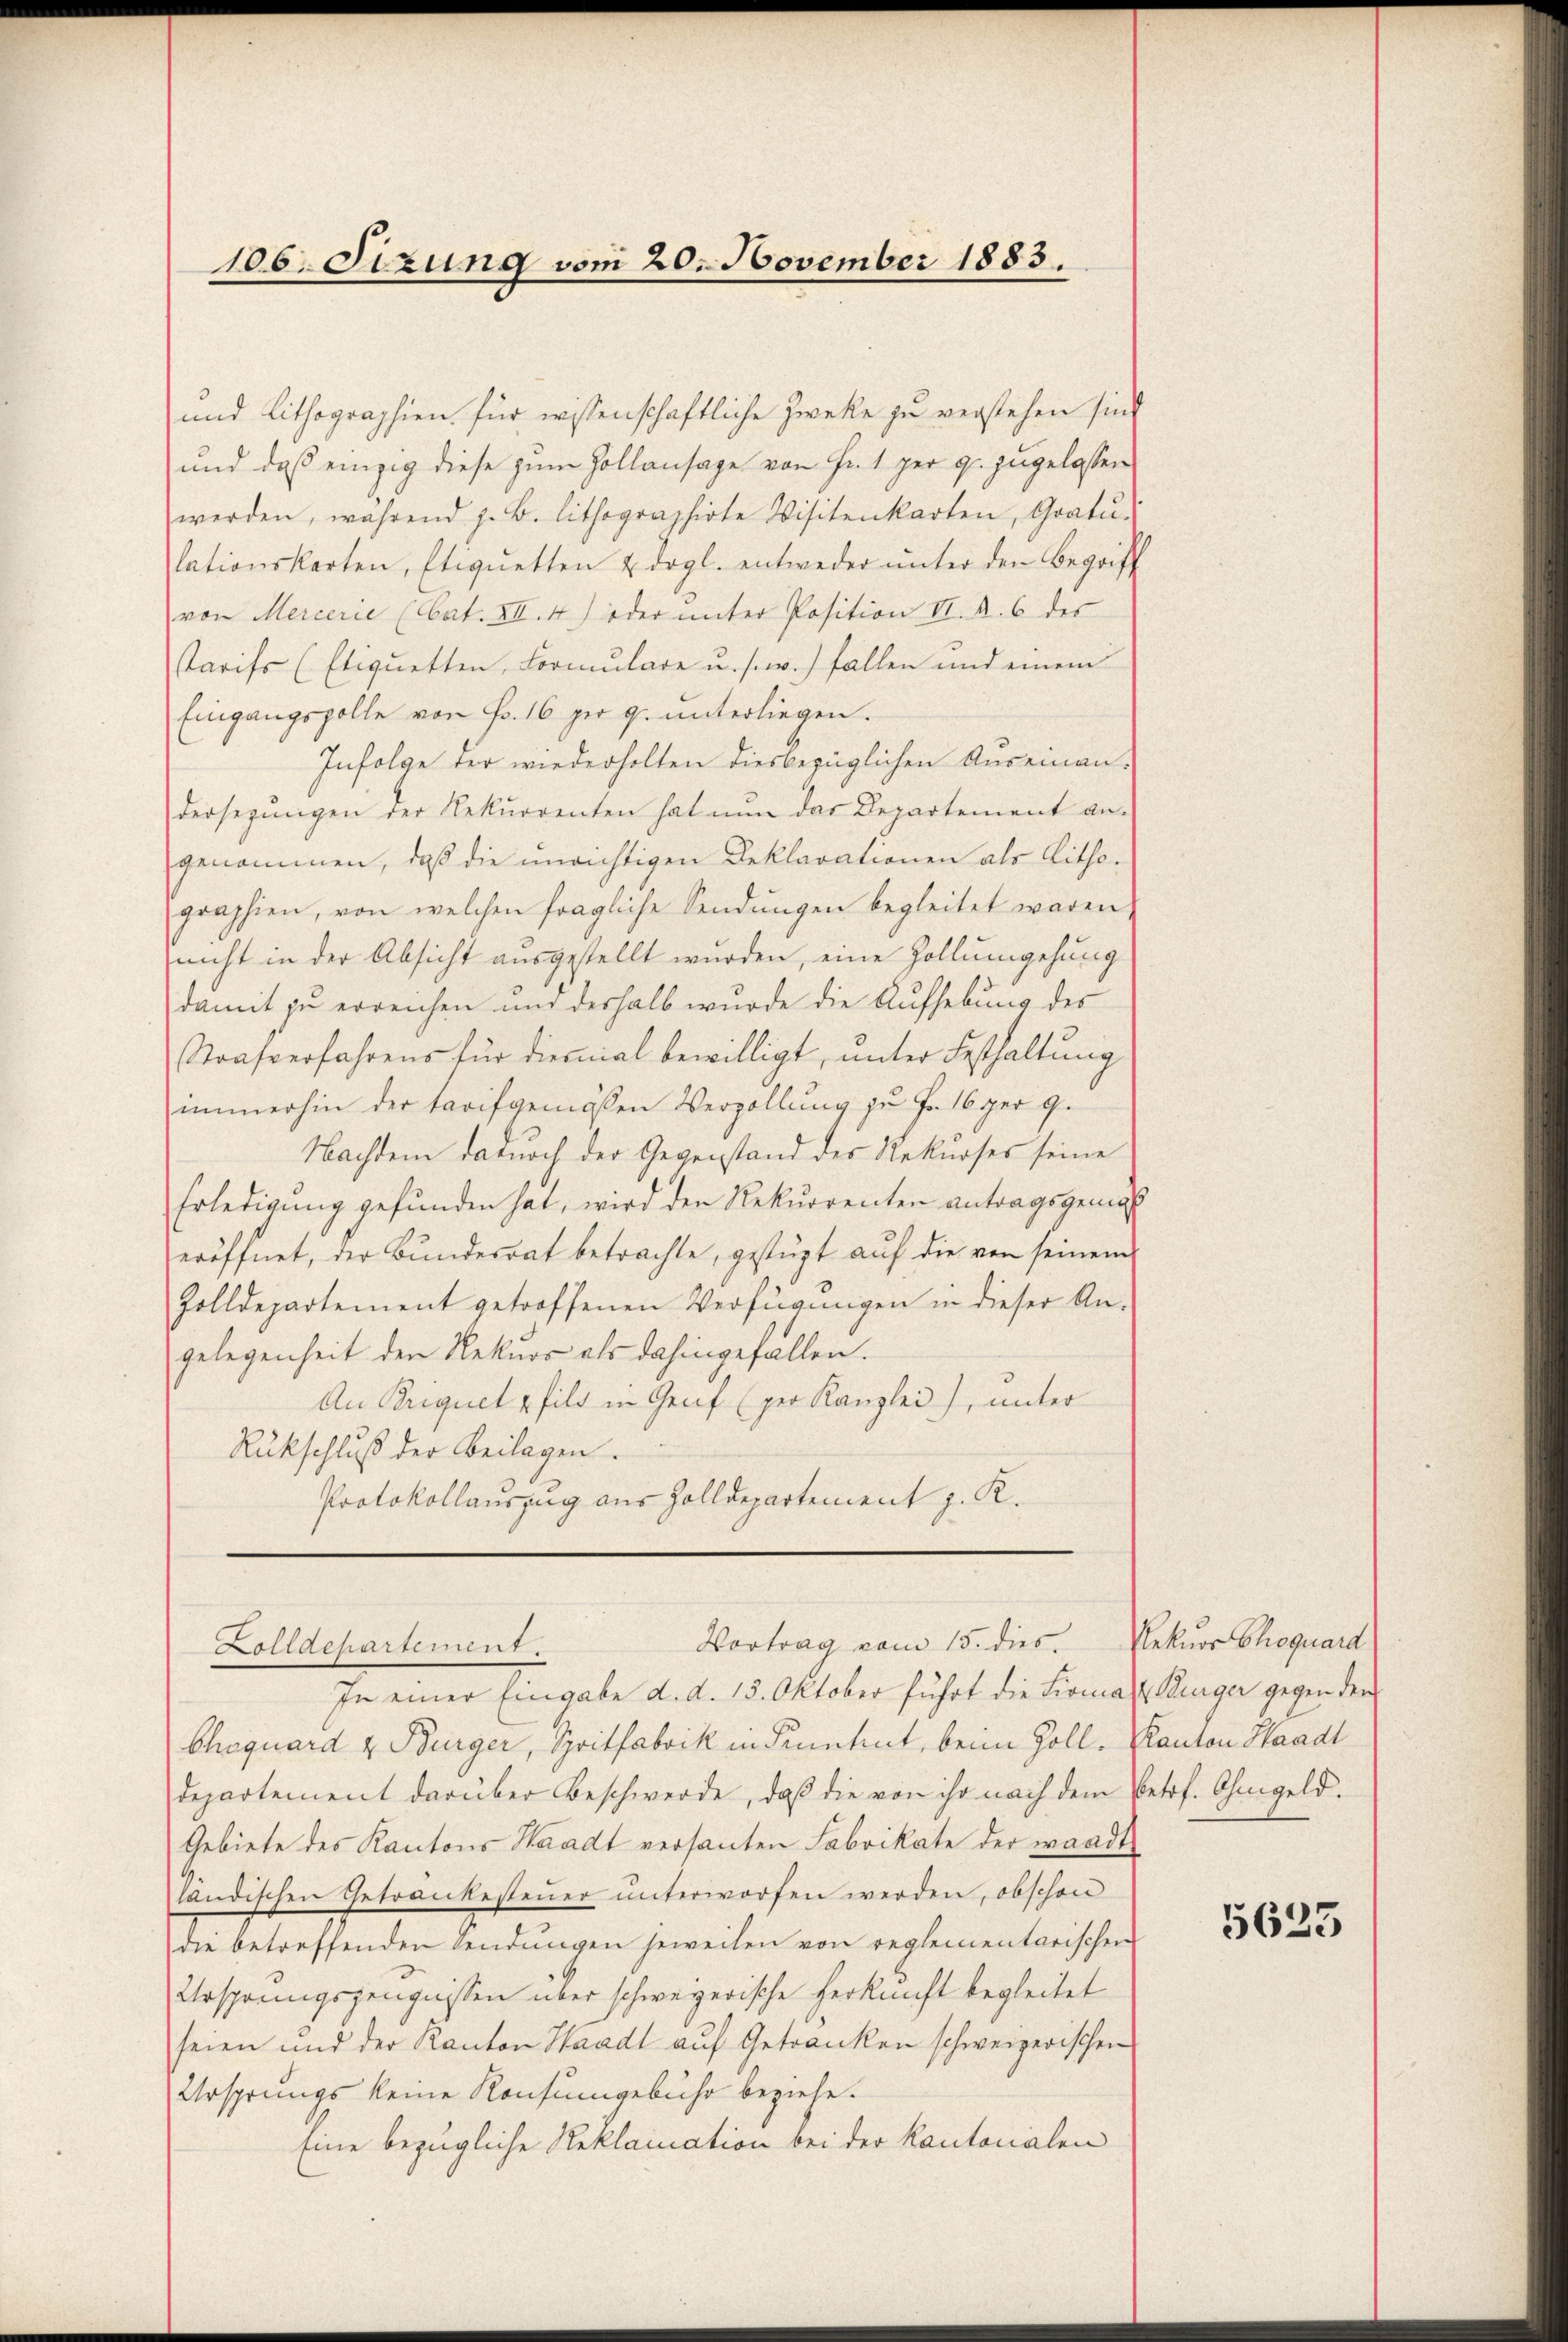
106. Sizung vom 20. November 1883.

und Lithographien für wissenschaftliche Zwecke zu verstehen sind
und daß einzig diese zum Hollansage von Fr. 1 per 9. zugelassen
werden, während z. B. lithographirte Visitenkarten, Gratu-
lationskarten, Etiquetten u. drgl. entweder ŭnter den Begriff
von Mercerie (Cat. XII. 4) oder unter Position II. R. 6 des
starifs (Etiquetten, Formulare u. s. w.) fallen und einem
Eingangspolle von Fr. 16 per 9. unterliegen.
Infolge der wiederholten diesbezüglichen Auseinandersezungen der Rekurrenten hat nun das Departement an-
genommen, daß die unrichtigen Reklarationen als Litho-
graphien, von welchen fragliche Sendŭngen begleitet waren
nicht in der Absicht ausgestellt wurden, eine Zollumgehung
damit zu erreichen und deshalb wurde die Aufhebung des
Strafverfahrens für diesnial bewilligt, unter Festhaltung
immerhin der tarifgemässen Verzollung zu Fr. 16 per 9.
Nachdem dadurch der Gegenstand der Rekurses seine
Erledigung gefunden hat, wird der Rekurrenten antragsgemäss
eröffnet, der Bundesrat betrachte, gestüzt auf die von seinem
Zolldepartement getroffenen Verfügungen in dieser An-
gelegenheit den Rekurs als dahingefallen.
An Briguet pfild in Genf (ger Kanzlei, unter
Rückschluß der Beilagen.
Protokollauszug aus Zolldepartement z. K.

Vortrag vom 15. dies. Nekuor Choquard
Zolldepartement.

In einer Eingabe d. d. 13. Oktober führt die Firma Bürger gegen den
Choquard & Bürger, Spritfabrik in Finnhut, beim Zoll, Kanton Waadt
departement darüber Beschwerde, daβ die von ihr nach dem Petrf. Ohmgeld.
Gebiete des Kantons Waadt versanten Fabrikate der waadt
ländischen Getrankesteuer unterworfen werden, obschon
die betreffenden Sendungen jeweilen von reglementarischen
Ursprungszeugnissen über schweizerische Herkunft begleitet
seien und der Kanton Waadt auf Getranken schweizerischen
Ursprungs keine Konsumgebühr beziehe.
Eine bezügliche Reklamation bei der Kantonalen

5625